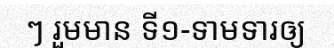
ៗ រួមមាន ទី១-ទាមទារឲ្យ